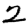
Digit: 2